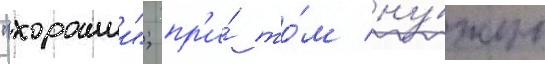
"хорошии"; пр'и́ то́м ну́жно